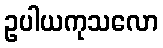
ဥပါယကုသလော